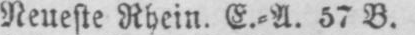
Neueste Rhein. E.⸗A. 57 B.